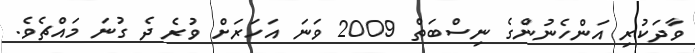
ވާދަކުރި އަންހެނުންގެ ނިސްބަތް 2009 ވަނަ އަހަރަށް ވުރެ ދެ ގުނަ މައްޗެވެ.